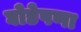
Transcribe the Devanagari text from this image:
घोडेपणा